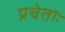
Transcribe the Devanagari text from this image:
प्रचेताः